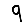
Digit: 9